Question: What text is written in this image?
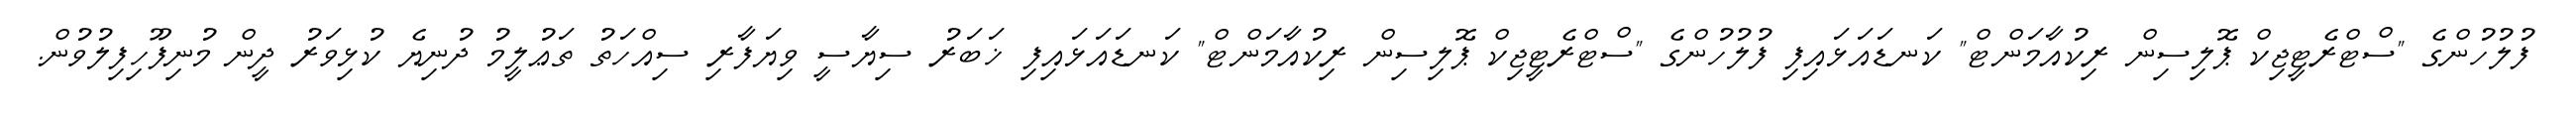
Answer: ފުލުހުންގެ "ސްޓްރެޓީޖިކް ޕޮލިސިން ރިކުއާމަންޓް" ކަނޑައަޅައިފި ފުލުހުންގެ "ސްޓްރެޓީޖިކް ޕޮލިސިން ރިކުއާމަންޓް" ކަނޑައަޅައިފި ޚަބަރު ސިޔާސީ ވިޔަފާރި ސިއްހަތު ތަޢުލީމު ދުނިޔެ ކުޅިވަރު ދީން މުނިފޫހިފިލުވުން.